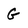
Character: G